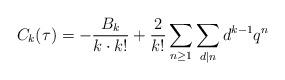
LaTeX: \begin{align*}C_{k}(\tau) = -\frac{B_k}{k \cdot k!} + \frac{2}{k!}\sum_{n \geq 1} \sum_{d|n} d^{k-1} q^n\end{align*}